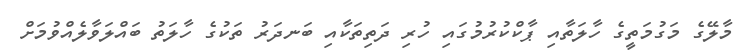
މާލޭގެ މަގުމަތީގެ ހާލަތާއި ޕާކްކުރުމުގައި ހުރި ދަތިތަކާއި ބަނދަރު ތަކުގެ ހާލަތު ބައްލަވާލެއްވުމަށް